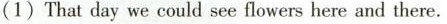
(1)That day we could see flowers here and there.